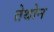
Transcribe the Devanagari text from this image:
तेथोन